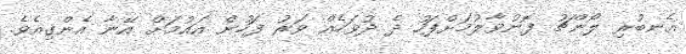
އެނބުރި ލޯންޗު ފޮނުވާލުމަށްފަހު ދެ ދުވަހެއް ވަރު ފަހުން އައުމަށް އޭނާ އެންގިއެވެ.